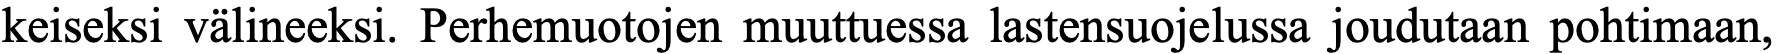
keiseksi välineeksi. Perhemuotojen muuttuessa lastensuojelussa joudutaan pohtimaan,